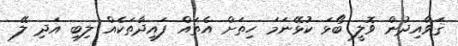
ޤަވާއިދުން ވޮލީ ބޯޅަ ކުޅޭނަމަ ހިތަށް އެތައް ފައިދާތަކެއް ލިބި އަދި ލޭ